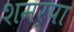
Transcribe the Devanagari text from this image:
शमर्पा